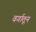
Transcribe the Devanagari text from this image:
वर्गातून